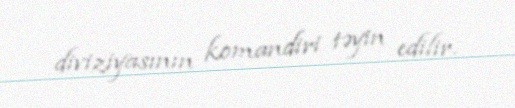
diviziyasının komandiri təyin edilir.